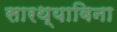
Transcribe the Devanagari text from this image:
सारथ्याविना